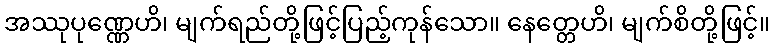
အဿုပုဏ္ဏေဟိ၊ မျက်ရည်တို့ဖြင့်ပြည့်ကုန်သော။ နေတ္တေဟိ၊ မျက်စိတို့ဖြင့်။